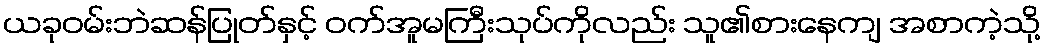
ယခုဝမ်းဘဲဆန်ပြုတ်နှင့် ဝက်အူမကြီးသုပ်ကိုလည်း သူ၏စားနေကျ အစာကဲ့သို့